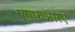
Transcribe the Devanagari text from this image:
एएफआरए